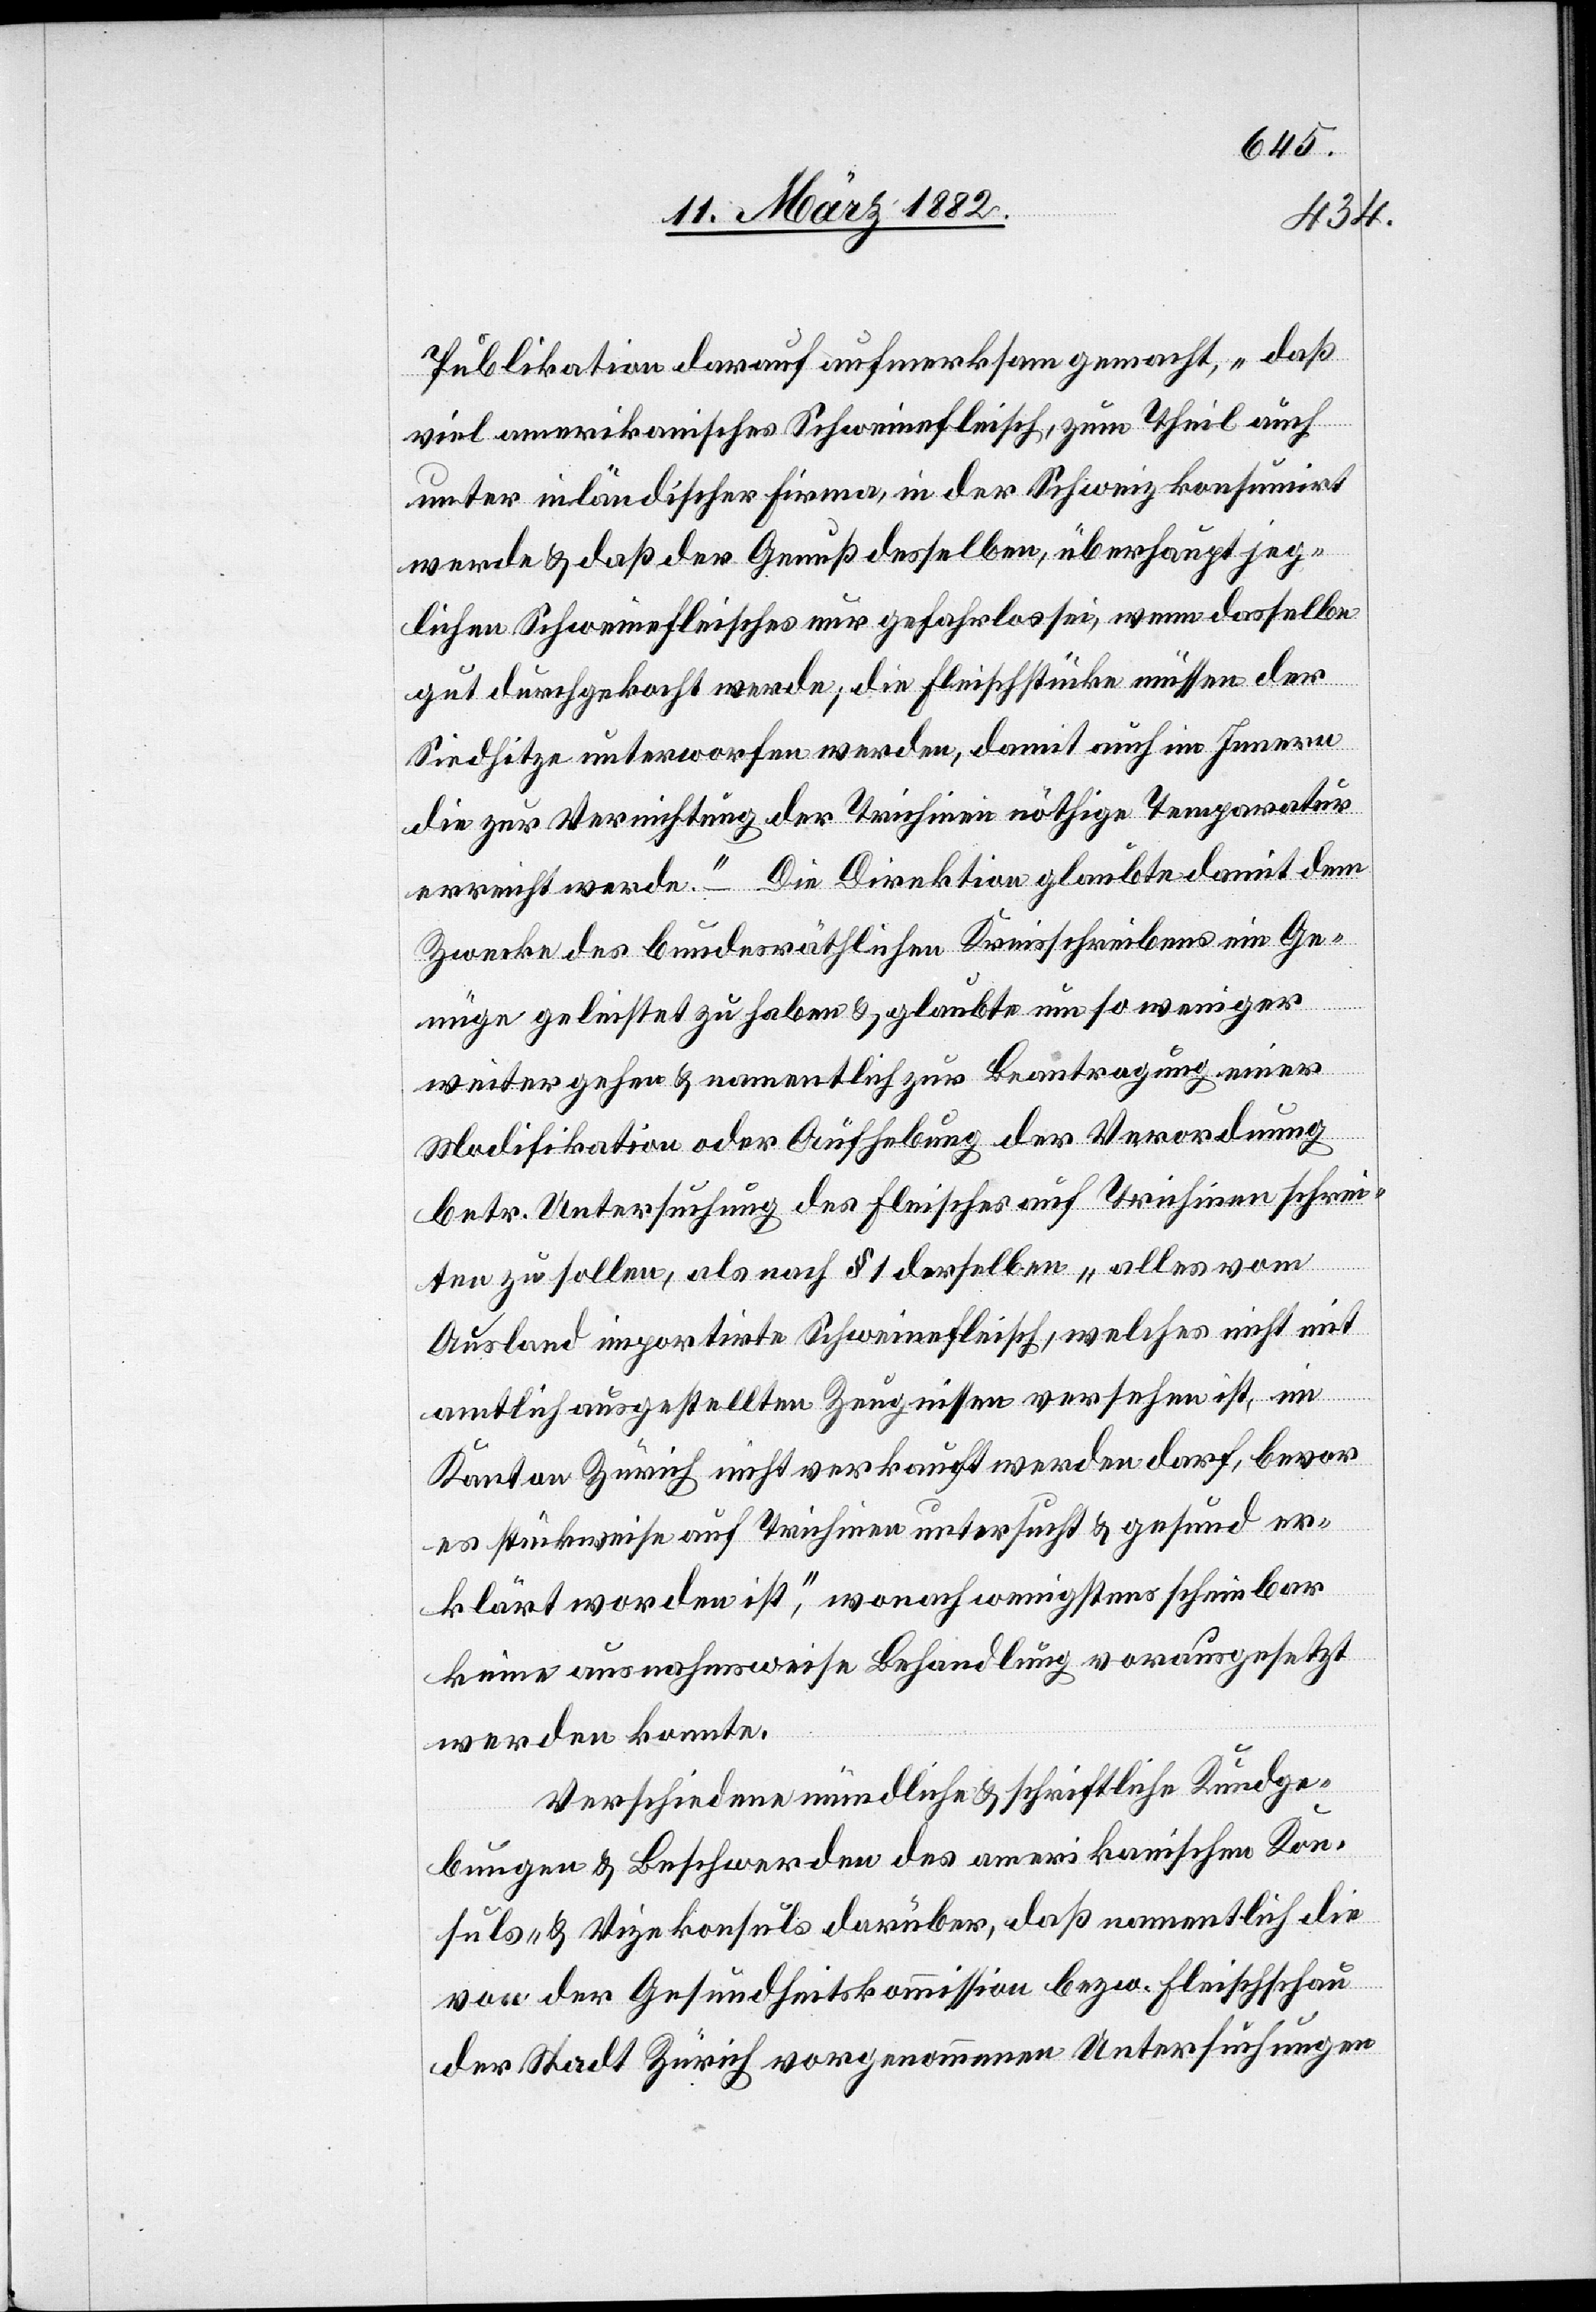
Publikation darauf aufmerksam gemacht, „daß
viel amerikanisches Schweinefleisch, zum Theil auch
unter inländischer Firma, in der Schweiz konsumirt
werde & daß der Genuß desselben, überhaupt jeg¬
lichen Schweinefleisches nur gefahrlos sei, wenn dasselbe
gut durchgekocht werde; die Fleischstücke müssen der
Siedhitze unterworfen werden, damit auch im Innern
die zur Vernichtung der Trichinen nöthige Temperatur
erreicht werde.“ – Die Direktion glaubte damit dem
Zwecke des bundesräthlichen Kreisschreibens ein Ge¬
nüge geleistet zu haben & glaubte um so weniger
weiter gehen & namentlich zur Beantragung einer
Modifikation oder Aufhebung der Verordnung
betr. Untersuchung des Fleisches auf Trichinen schrei¬
ten zu sollen, als nach § 1 derselben „alles vom
Ausland importirte Schweinefleisch, welches nicht mit
amtlich ausgestellten Zeugnissen versehen ist, im
Kanton Zürich nicht verkauft werden darf, bevor
es stückweise auf Trichinen untersucht & gesund er¬
klärt worden ist“, wonach wenigstens scheinbar
keine ausnahmsweise Behandlung vorausgesetzt
werden konnte.
Verschiedene mündliche & schriftliche Kundge¬
bungen & Beschwerden des amerikanischen Kon¬
suls- & Vizekonsuls darüber, daß namentlich die
von der Gesundheitskommission bezw. Fleischschau
der Stadt Zürich vorgenommenen Untersuchungen